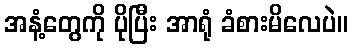
အနံ့တွေကို ပိုပြီး အာရုံ ခံစားမိလေပဲ။